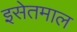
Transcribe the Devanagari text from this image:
इसेतमाल